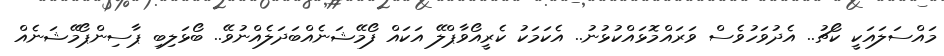
މައްސަލައަކީ ކޯޗު.. އެދުވަހުވެސް ވަރައްމޮޅައްކުޅުނު.. އެކަމަކު ކެރީއޯވާޕްލޭ އަކައް ފޯމޭޝަނެއްބަދަލެއްނުވޭ.. ބޯޅަލިބި ޕާސިންޕޯމޭޝަނެއް